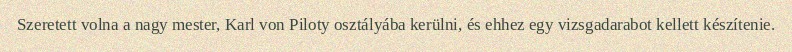
Szeretett volna a nagy mester, Karl von Piloty osztályába kerülni, és ehhez egy vizsgadarabot kellett készítenie.